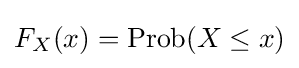
F_{X}\!\left(x\right)={\text{Prob}}\!\left(X\leq x\right)